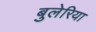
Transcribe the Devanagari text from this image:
बुलेरिया